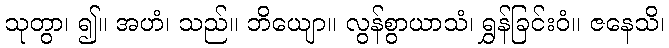
သုတွာ၊ ၍။ အဟံ၊ သည်။ ဘိယျော။ လွန်စွာယာသံ၊ ရွှန်ခြင်းဝံ။ ဇနေသိ၊